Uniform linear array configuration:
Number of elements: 16
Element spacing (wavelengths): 0.5
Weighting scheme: binomial
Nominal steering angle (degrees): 15
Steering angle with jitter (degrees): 16.252
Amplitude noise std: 0.05
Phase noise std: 0.05

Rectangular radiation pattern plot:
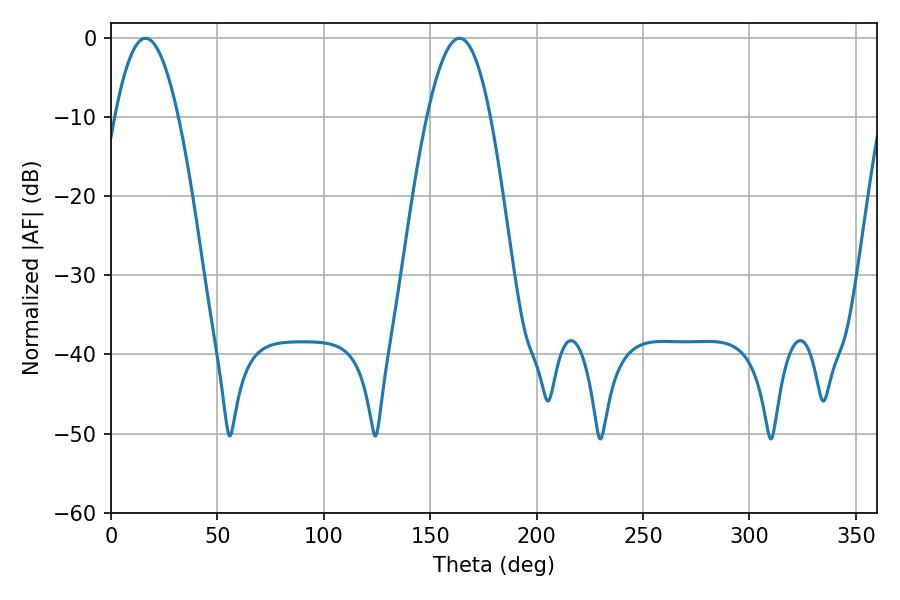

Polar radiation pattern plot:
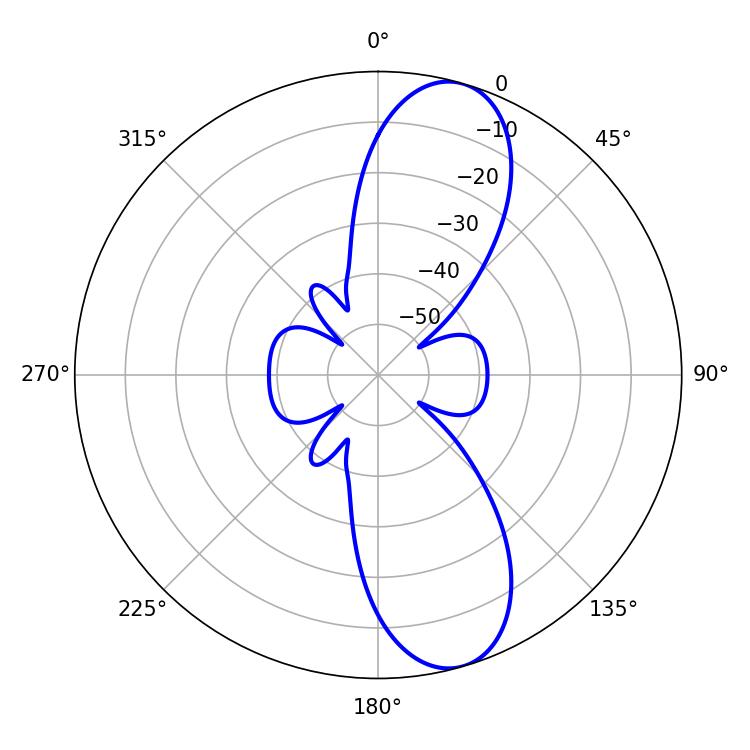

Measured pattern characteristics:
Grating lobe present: FALSE
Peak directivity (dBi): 10.646
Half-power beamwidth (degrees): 16.2
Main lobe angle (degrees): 16.2